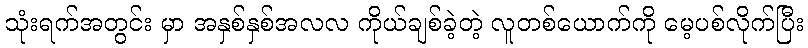
သုံးရက်အတွင်း မှာ အနှစ်နှစ်အလလ ကိုယ်ချစ်ခဲ့တဲ့ လူတစ်ယောက်ကို မေ့ပစ်လိုက်ပြီး